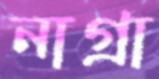
নাগ্রা